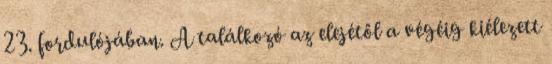
23. fordulójában. A találkozó az elejétől a végéig kiélezett